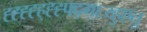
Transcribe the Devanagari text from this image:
ह्ह्ह्ह्ह्ह्ह्फ्द्ग्६य्हुएतु